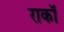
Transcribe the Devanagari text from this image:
राकॉ